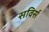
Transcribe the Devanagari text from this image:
सविर्स